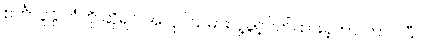
စင်္ကာပူနိုင်ငံကို ဆိုရင် အလုပ်သမား ပို့ခွင့်ပိတ်ထားခဲ့တာ ကြာပါပြီ။